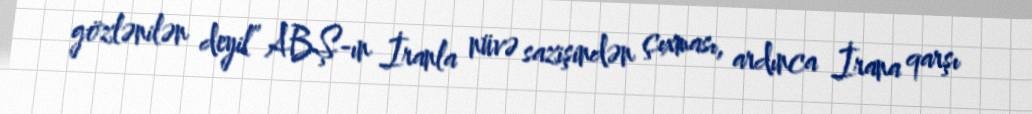
gözlənilən deyil” ABŞ-ın İranla nüvə sazişindən çıxması, ardınca İrana qarşı